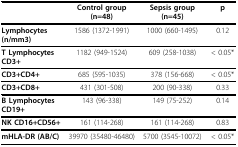
<table><thead><tr><td></td><td><b>Control group (n=48)</b></td><td><b>Sepsis group (n=45)</b></td><td><b>p</b></td></tr></thead><tbody><tr><td><b>Lymphocytes (n/mm3)</b></td><td>1586 (1372-1991)</td><td>1000 (660-1495)</td><td>0.12</td></tr><tr><td><b>T Lymphocytes CD3+</b></td><td>1182 (949-1524)</td><td>609 (258-1038)</td><td>&lt; 0.05*</td></tr><tr><td><b>CD3+CD4+</b></td><td>685 (595-1035)</td><td>378 (156-668)</td><td>&lt; 0.05*</td></tr><tr><td><b>CD3+CD8+</b></td><td>431 (301-508)</td><td>200 (90-338)</td><td>0.33</td></tr><tr><td><b>B Lymphocytes CD19+</b></td><td>143 (96-338)</td><td>149 (75-252)</td><td>0.14</td></tr><tr><td><b>NK CD16+CD56+</b></td><td>161 (114-268)</td><td>161 (114-268)</td><td>0.83</td></tr><tr><td><b>mHLA-DR (AB/C)</b></td><td>39970 (35480-46480)</td><td>5700 (3545-10072)</td><td>&lt; 0.05*</td></tr></tbody></table>